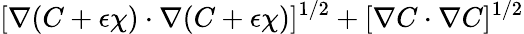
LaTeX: [\nabla(C+\epsilon\chi)\cdot\nabla(C+\epsilon\chi)]^{1/2}+[\nabla C\cdot\nabla C]^{1/2}